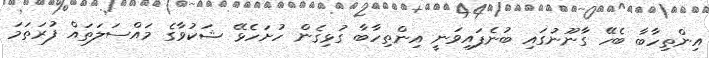
އިންތިހާބާ ބެހޭ ގާނޫނުގައި ބުނެފައިވަނީ އިންތިހާބާ ގުޅިގެން ހުށަހެޅޭ ޝަކުވާގެ މައްސަލަތައް ފުރަތަމަ